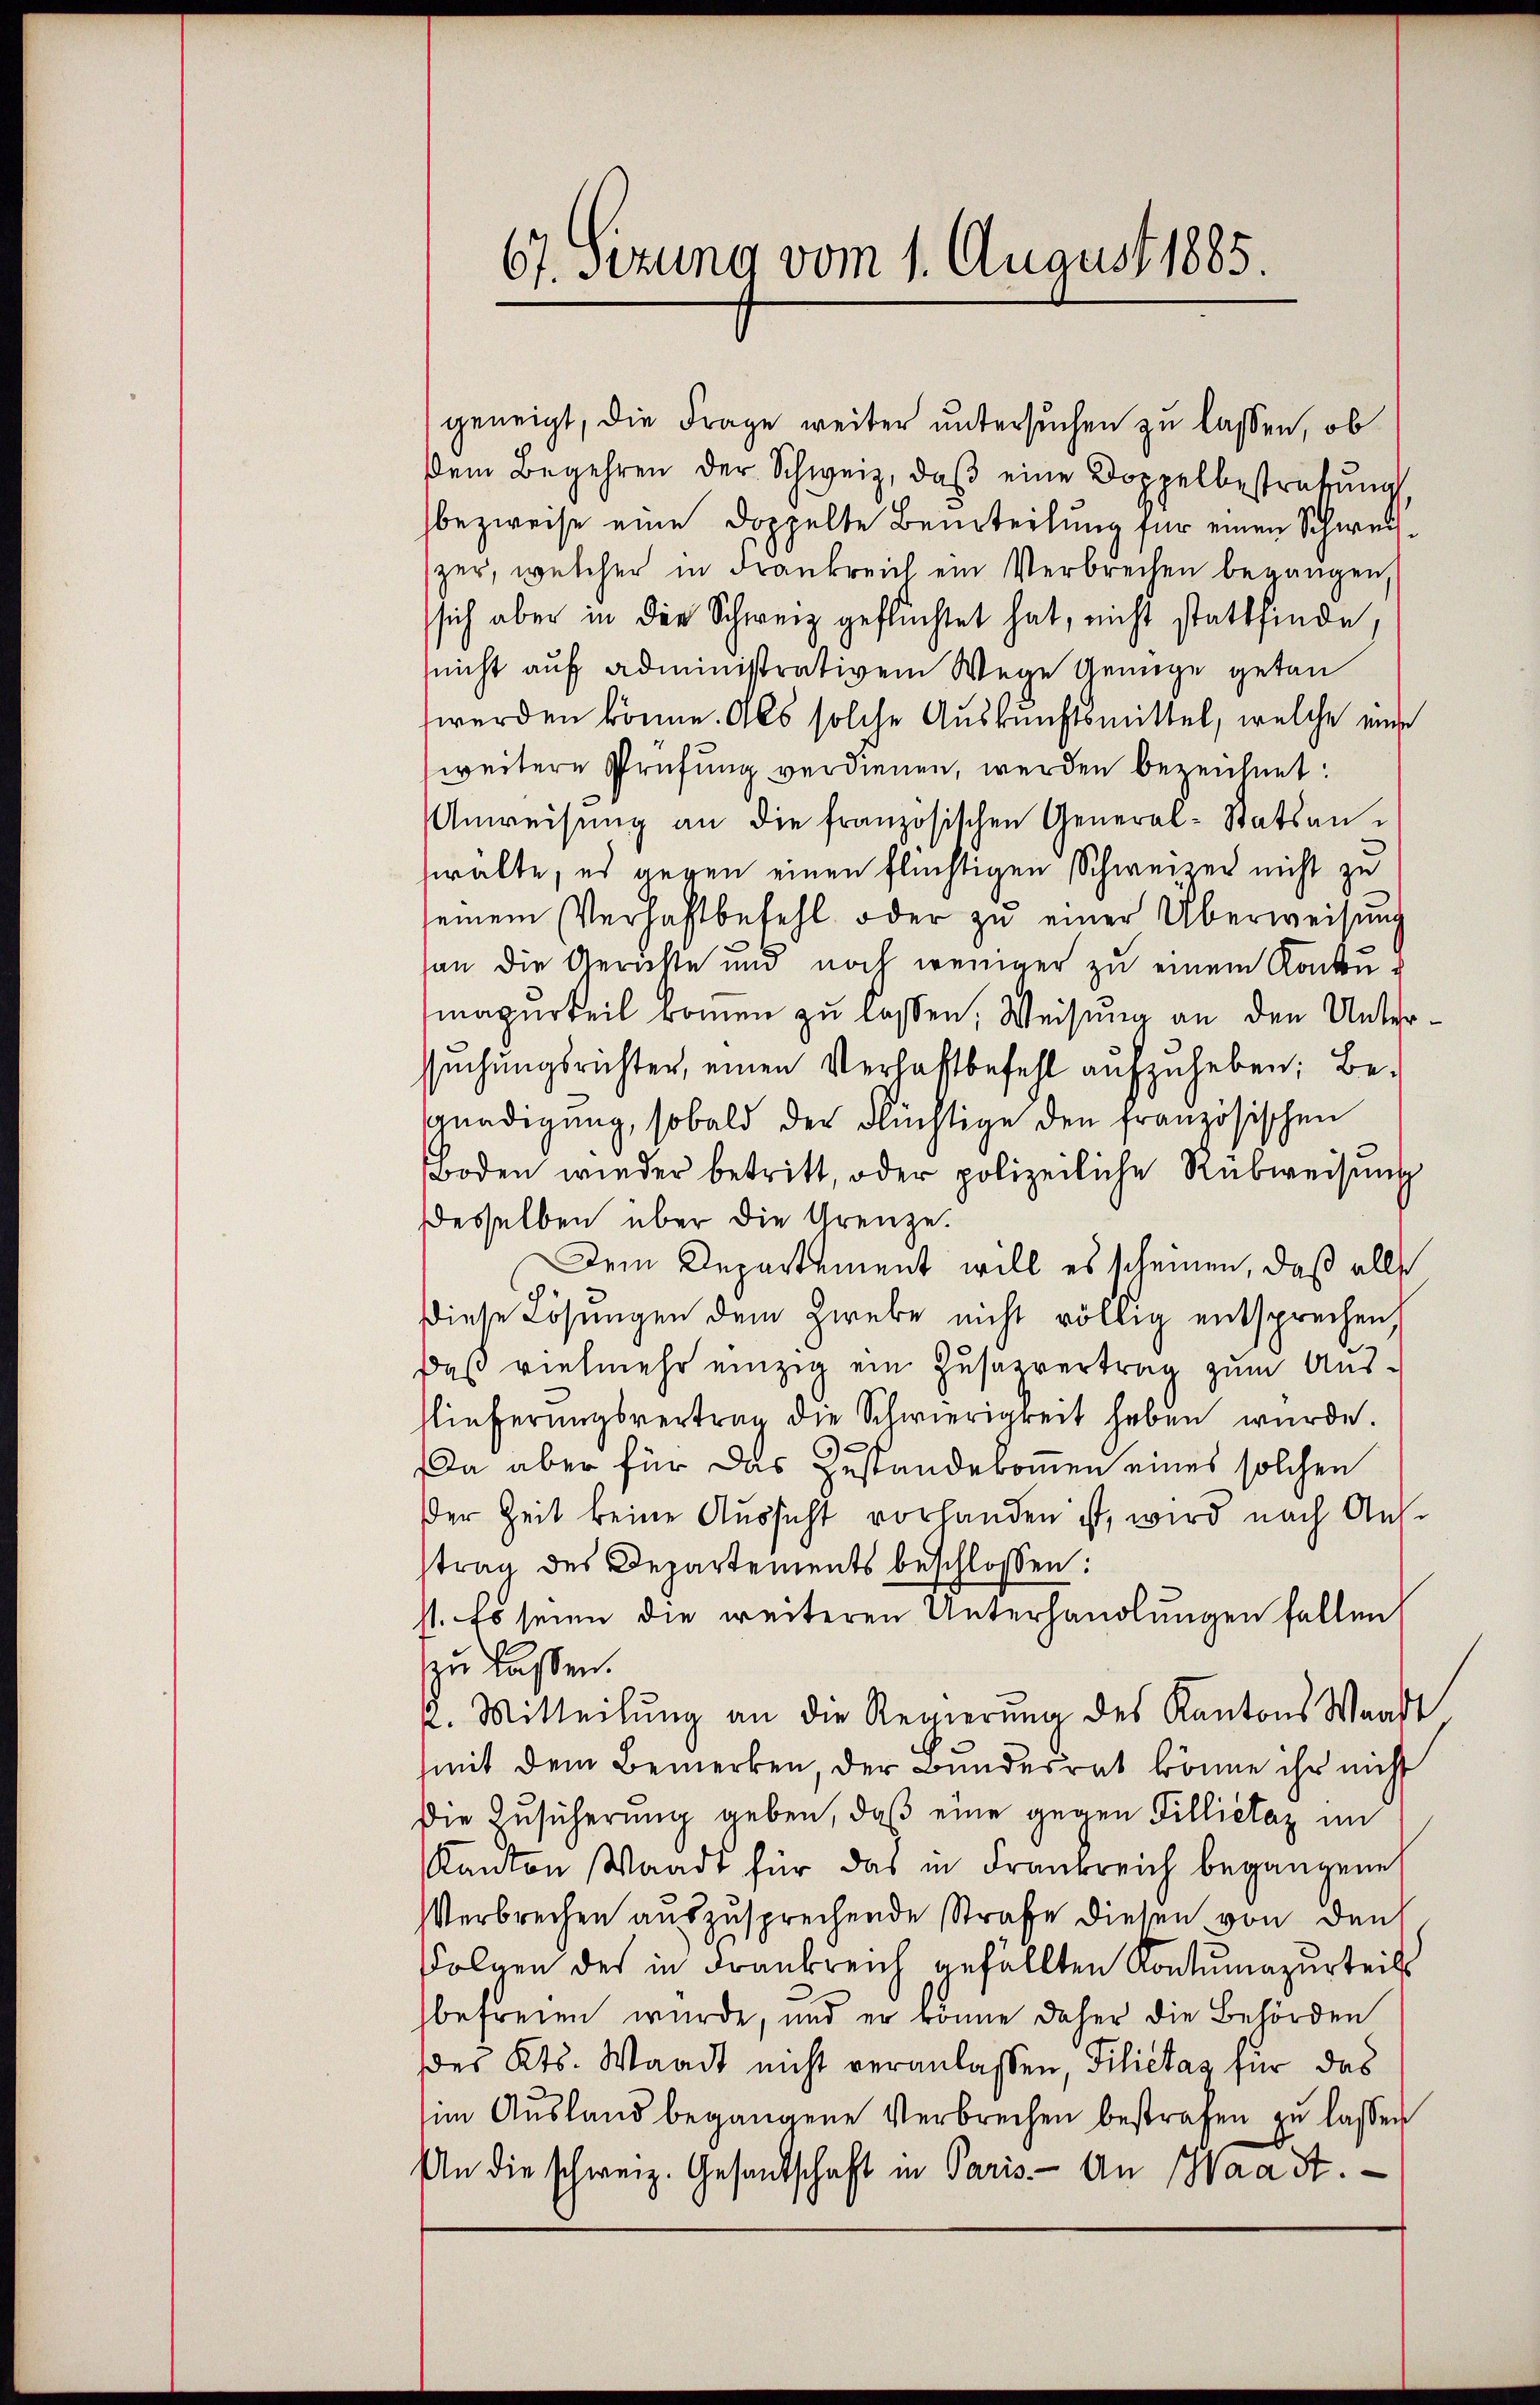
67. Sizung vom 1. August 1885

geneigt, die Frage weiter untersuchen zu lassen, ob
dem Begehren der Schweiz, daβ eine Doppelbestrafung,
bezweise eine doppelte Beurteilung für einen Schweiszer, welcher in Frankreich ein Verbrechen begangen,
sich aber in die Schweiz geflüchtet hat, nicht stattfinde,
(nicht auf administrativem Wege Genüge getan
werden könne. Als solche Auskunftsmittel, welche eine
weitere Prüfung verdienen, werden bezeichnet:
Anweisŭng an die französischen General-Statsanwalte, es gegen einen flüchtigen Schweizer nicht zu
seinem Verhaftbefehl oder zŭ einer Überweisung
an die Gerichte und noch weniger zu einem Konkumagerteil kommen zu lassen, Weisung an den Untersŭchŭngsrichter, einen Verhaftbefehl aufzuheben; Be-
gnadigung, sobald der Flüchtige den französischen
Boden wieder betritt, oder polizeiliche Rabweisung
desselben über die Grenze.
Dem Departement will es scheinen, daß alle
Diese Lösungen dem Zwebe nicht völlig entsprechen
Daß vielmehr einzig ein Zusazvertrag zum Ausflieferungsvertrag die Schwierigkeit haben wurde.
Da aber für das Zustandekomen eines solchen
der Zeit keine Aussicht vorhanden ist, wird nach Ausstrag des Departements beschlossen:
st. Es seien die weiteren Unterhandlungen fallen,
zu lassen.
u. Mitteilung an die Regierung des Kantons Waadt
mit dem Bemerken, der Bundesrat könne ihr nicht
Die Zusicherung geben, daß eine gegen Tillietaz im
Kanton Waadt für das in Frankreich begangene
Verbrechen auszusprechende Strafe diesen von den
Folgen des in Frankreich gefällten Kontumazurteils
befreien wurde, und er könne daher die Behörden
des Kts. Waadt nicht veranlassen, Filistag für das
im Ausland begangene Verbrechen bestrafen zu lassen
An die schweiz. Gesandschaft in Paris - An Waadt.